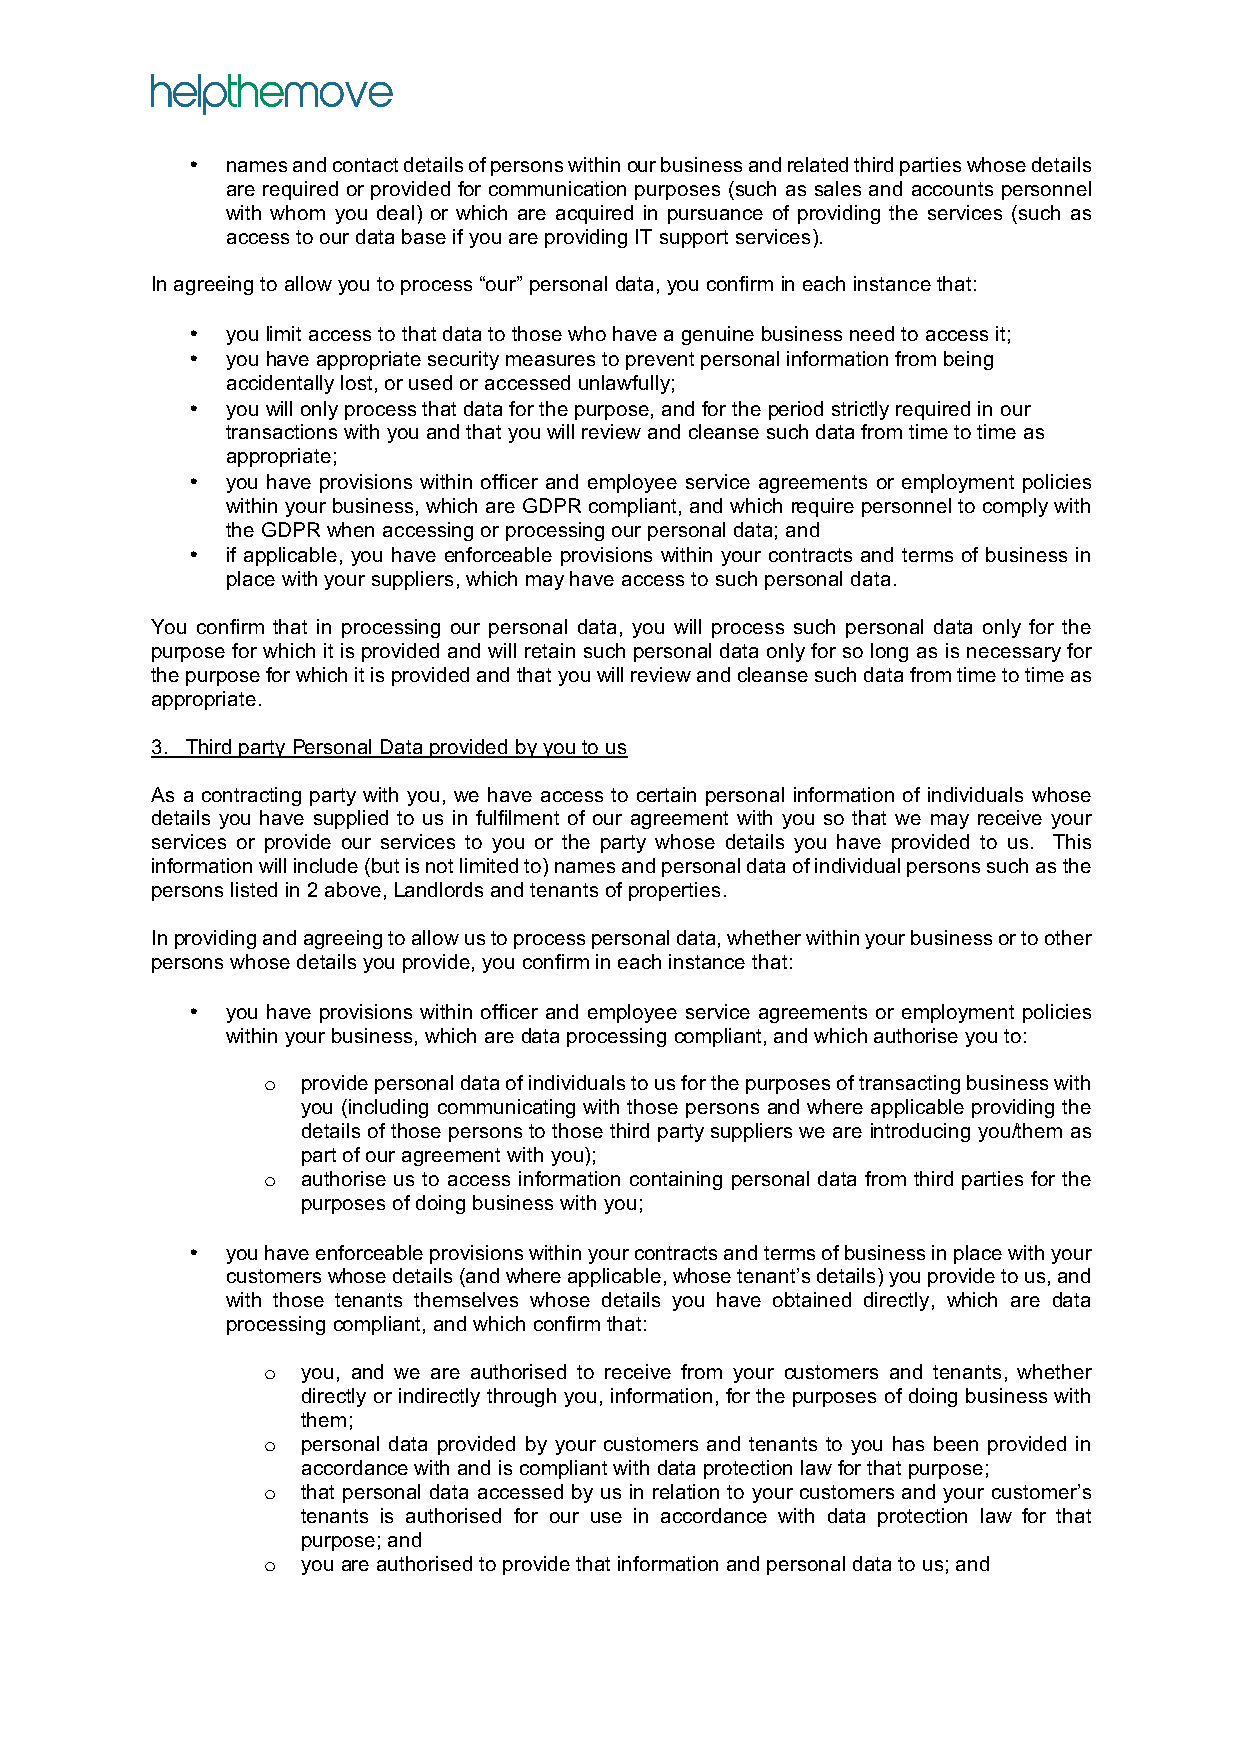
•  names and contact details of persons within our business and related third parties whose details
 are required or provided for communication purposes (such as sales and accounts personnel
 with whom you deal) or which are acquired in pursuance of providing the services (such as
 access to our data base if you are providing IT support services).
 In agreeing to allow you to process “our” personal data, you confirm in each instance that:
 •  you limit access to that data to those who have a genuine business need to access it;
 •  you have appropriate security measures to prevent personal information from being
 accidentally lost, or used or accessed unlawfully;
 •  you will only process that data for the purpose, and for the period strictly required in our
 transactions with you and that you will review and cleanse such data from time to time as
 appropriate;
 •  you have provisions within officer and employee service agreements or employment policies
 within your business, which are GDPR compliant, and which require personnel to comply with
 the GDPR when accessing or processing our personal data; and
 •  if applicable, you have enforceable provisions within your contracts and terms of business in
 place with your suppliers, which may have access to such personal data.
 You confirm that in processing our personal data, you will process such personal data only for the
 purpose for which it is provided and will retain such personal data only for so long as is necessary for
 the purpose for which it is provided and that you will review and cleanse such data from time to time as
 appropriate.
 3. Third party Personal Data provided by you to us
 As a contracting party with you, we have access to certain personal information of individuals whose
 details you have supplied to us in fulfilment of our agreement with you so that we may receive your
 services or provide our services to you or the party whose details you have provided to us. This
 information will include (but is not limited to) names and personal data of individual persons such as the
 persons listed in 2 above, Landlords and tenants of properties.
 In providing and agreeing to allow us to process personal data, whether within your business or to other
 persons whose details you provide, you confirm in each instance that:
 •  you have provisions within officer and employee service agreements or employment policies
 within your business, which are data processing compliant, and which authorise you to:
 o  provide personal data of individuals to us for the purposes of transacting business with
 you (including communicating with those persons and where applicable providing the
 details of those persons to those third party suppliers we are introducing you/them as
 part of our agreement with you);
 o  authorise us to access information containing personal data from third parties for the
 purposes of doing business with you;
 •  you have enforceable provisions within your contracts and terms of business in place with your
 customers whose details (and where applicable, whose tenant’s details) you provide to us, and
 with those tenants themselves whose details you have obtained directly, which are data
 processing compliant, and which confirm that:
 o  you, and we are authorised to receive from your customers and tenants, whether
 directly or indirectly through you, information, for the purposes of doing business with
 them;
 o  personal data provided by your customers and tenants to you has been provided in
 accordance with and is compliant with data protection law for that purpose;
 o  that personal data accessed by us in relation to your customers and your customer’s
 tenants is authorised for our use in accordance with data protection law for that
 purpose; and
 o  you are authorised to provide that information and personal data to us; and